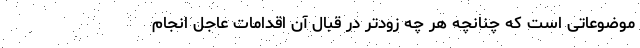
موضوعاتی است که چنانچه هر چه زودتر در قبال آن اقدامات عاجل انجام